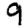
Digit: 9